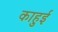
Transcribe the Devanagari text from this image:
काहुई